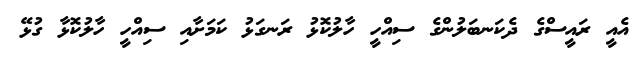
އެއީ ރައީސްގެ ދެކަނބަލުންގެ ސިއްހީ ހާލުކޮޅު ރަނގަޅު ކަމަށާއި ސިއްހީ ހާލުކޮޅާ ގުޅޭ